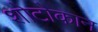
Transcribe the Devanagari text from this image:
शोटोकान